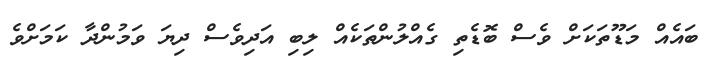
ބައެއް މަޑޫތަކަށް ވެސް ބޮޑެތި ގެއްލުންތަކެއް ލިބި އަދިވެސް ދިޔަ ވަމުންދާ ކަމަށްވެ